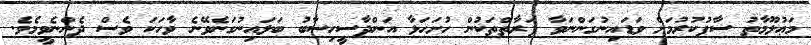
މަޢުލޫމާތު ސާފުކުރުމަށް ވަޑައިނުގަންނަވާ ފަރާތްތަކުން ހުށަހަޅާ އަންދާސީހިސާބު ބަލައިނުގަނެވޭނެ ވާހަކަ ވެސް ދެންނެވީމެވެ.